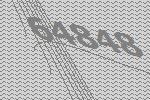
64848